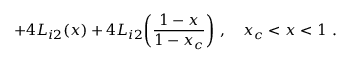
+ 4 L _ { i 2 } ( x ) + 4 L _ { i 2 } \biggl ( \frac { 1 - x } { 1 - x _ { c } } \biggr ) \ , \quad x _ { c } < x < 1 \ .